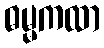
ဓမ္မကထာ